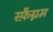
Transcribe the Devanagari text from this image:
स्फ़ैग्नम